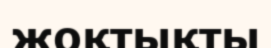
жоқтықты